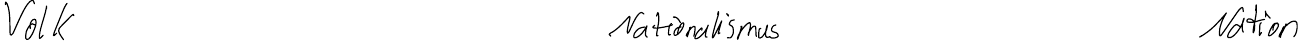
Volk    Nationalismus     Nation